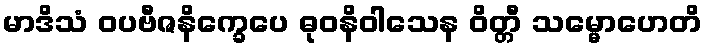
မာဒိသံ ဝပဗီဇနိက္ခေပေ ဓုဝနိဝါသေန ဝိတ္တီ သမ္မောဟေတိ